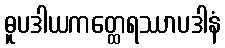
ဓူပဒါယကတ္ထေရဿာပဒါနံ